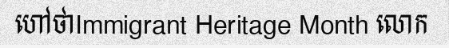
ហៅថាImmigrant Heritage Month លោក